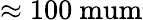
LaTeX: \approx 100\mathrm{\ mum}